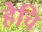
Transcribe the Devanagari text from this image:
हेचि